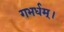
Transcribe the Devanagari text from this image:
गभर्धम्।